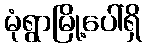
မုံရွာမြို့ပေါ်ရှိ